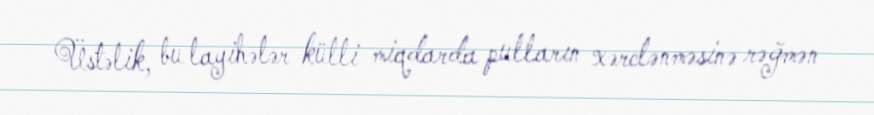
Üstəlik, bu layihələr külli miqdarda pulların xərclənməsinə rəğmən